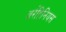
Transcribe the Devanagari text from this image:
अर्रहिनियस